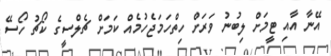
އޭނާ އާއި ޓީމަށް ލިބުނު ވަރަށް ހިތްހަމަޖެހުމެއް ކަމަށް ޗެލްސީގެ ކޯޗު ހޯސޭ